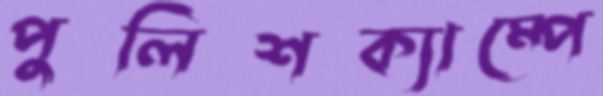
পুলিশক্যাম্পে